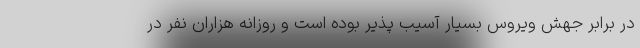
در برابر جهش ویروس بسیار آسیب پذیر بوده است و روزانه هزاران نفر در